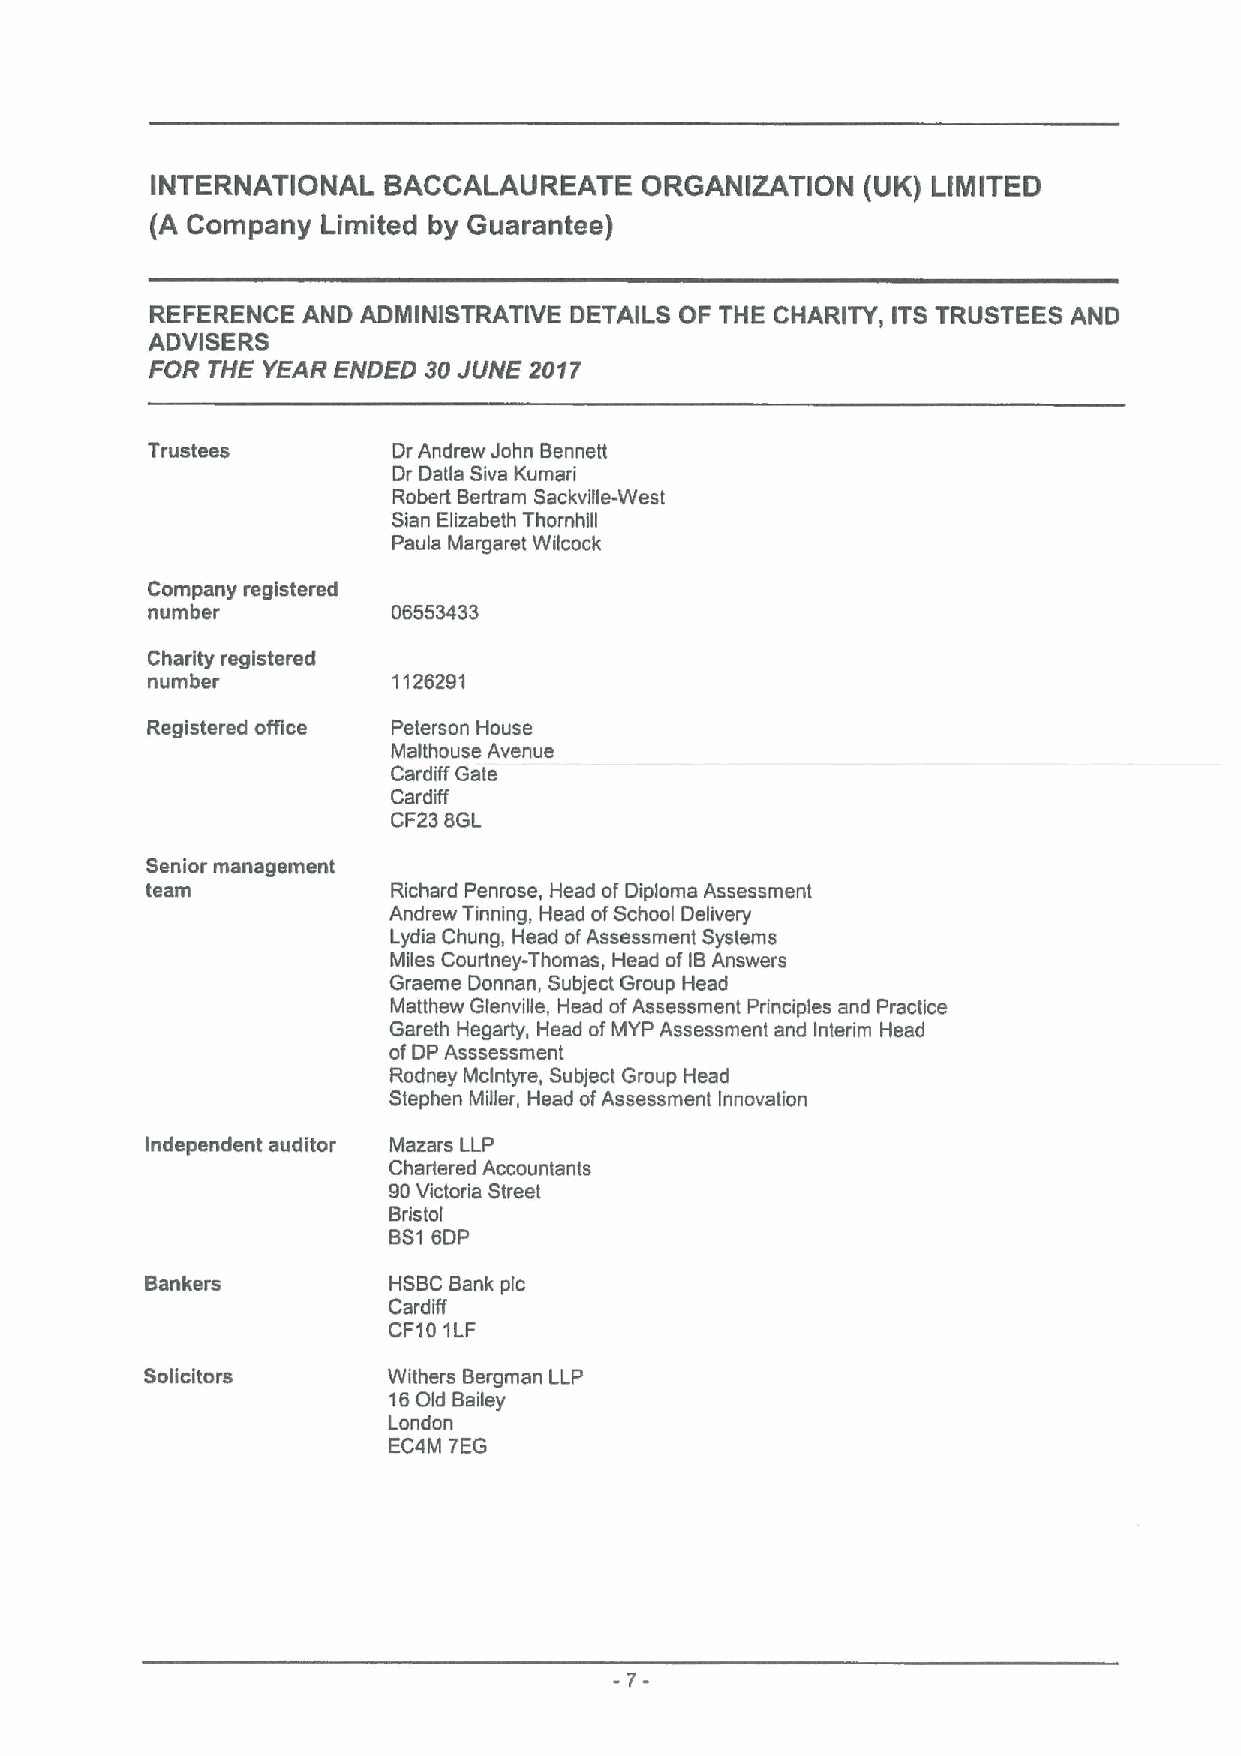
INTERNATIONAL  BACCALAUREATE     ORGANIZATION  {UK)LIMITED
 {ACompany  Limited by Guarantee)
 REFERENCE AND ADNIINISTRATIVE DETAILS OF THE CHARITY, ITSTRUSTEES AND
 ADVISERS
 FOR THE YEAR ENDED 30JUNE 2017
 Trustees        Dr Andrew John Bennett
 Dr Datla Siva Kumari
 Robert Bertram Sackville-West
 Sian Elizabeth Thornhill
 Paula Margaret Wilcock
 Company registered
 number          06553433
 Charity registered
 number          1126291
 Registered office Peterson House
 Malthouse Avenue
 Cardiff Gate
 Cardiff
 CF238GL
 Senior management
 team            Richard Penrose, Head ofDiploma Assessment
 Andrew Tinning, Head ofSchool Delivery
 Lydia Chung, Head ofAssessment Systems
 Miles Courtney-Thomas, Head ofIBAnswers
 Graeme Donnan, Subject Group Head
 Matthew Glenville, Head ofAssessment Principles and Practice
 Gareth Hegarty, Head ofMYP Assessment and Interim Head
 ofDP Asssessment
 Rodney Mclntyre, Subject Group Head
 Stephen Miller, Head ofAssessment Innovation
 Independent auditor Mazars LLP
 Chartered Accountants
 90Victoria Street
 Bristol
 BS16DP
 Bankers         HSBC Bank pic
 Cardiff
 CF101LF
 Solicitors      Withers Bergman LLP
 16Old Bailey
 London
 EC4M 7EG
 -7-